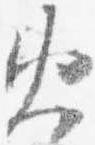
火